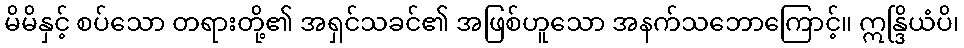
မိမိနှင့် စပ်သော တရားတို့၏ အရှင်သခင်၏ အဖြစ်ဟူသော အနက်သဘောကြောင့်။ ဣန္ဒြိယံပိ၊